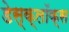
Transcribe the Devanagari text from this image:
डेस्क्लॉक्स